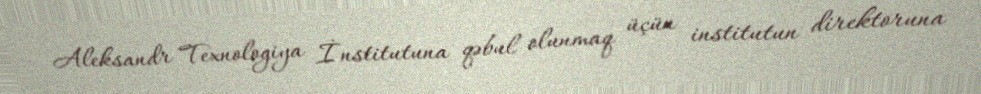
Aleksandr Texnologiya İnstitutuna qəbul olunmaq üçün institutun direktoruna